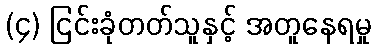
(၄) ငြင်းခုံတတ်သူနှင့် အတူနေရမှု